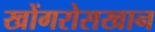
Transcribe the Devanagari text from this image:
खोंगरोसखान